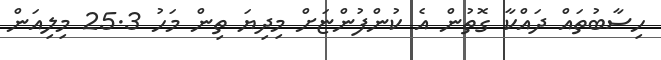
ހިސާބުތައް ދައްކާ ގޮތުން އެ ކުންފުންޏަށް މިދިޔަ ތިން މަހު 25.3 މިލިއަން